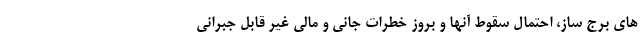
های برج ساز، احتمال سقوط آنها و بروز خطرات جانی و مالی غیر قابل جبرانی